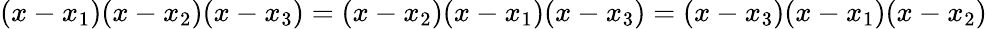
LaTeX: (x-x_{1})(x-x_{2})(x-x_{3})=(x-x_{2})(x-x_{1})(x-x_{3})=(x-x_{3})(x-x_{1})(x-x_{2})